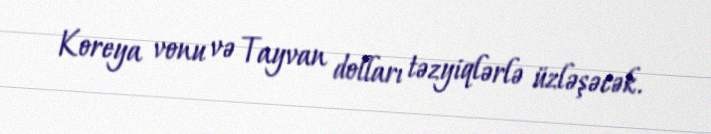
Koreya vonu və Tayvan dolları təzyiqlərlə üzləşəcək.